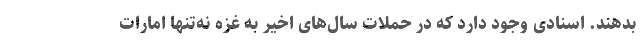
بدهند. اسنادی وجود دارد که در حملات سال‌های اخیر به غزه نه‌تنها امارات